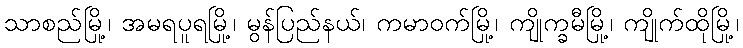
သာစည်မြို့၊ အမရပူရမြို့၊ မွန်ပြည်နယ်၊ ကမာဝက်မြို့၊ ကျိုက္ခမီမြို့၊ ကျိုက်ထိုမြို့၊